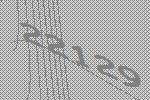
22129